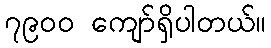
၇၉၀၀ ကျော်ရှိပါတယ်။